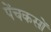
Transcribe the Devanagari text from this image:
पेंचकसों